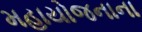
મહાયોજનાના